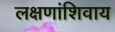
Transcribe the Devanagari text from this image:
लक्षणांशिवाय